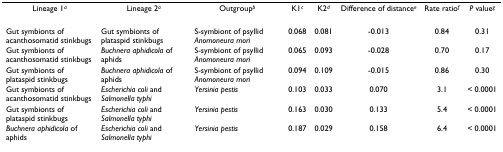
<table><thead><tr><td><b>Lineage 1<sup><i>a</i></sup></b></td><td><b>Lineage 2<sup><i>a</i></sup></b></td><td><b>Outgroup<sup><i>b</i></sup></b></td><td><b>K1<sup><i>c</i></sup></b></td><td><b>K2<sup><i>d</i></sup></b></td><td><b>Difference of distance<sup><i>e</i></sup></b></td><td><b>Rate ratio<sup><i>f</i></sup></b></td><td><b><i>P </i>value<sup><i>g</i></sup></b></td></tr></thead><tbody><tr><td>Gut symbionts of acanthosomatid stinkbugs</td><td>Gut symbionts of plataspid stinkbugs</td><td>S-symbiont of psyllid <i>Anomoneura mori</i></td><td>0.068</td><td>0.081</td><td>-0.013</td><td>0.84</td><td>0.31</td></tr><tr><td>Gut symbionts of acanthosomatid stinkbugs</td><td><i>Buchnera aphidicola </i>of aphids</td><td>S-symbiont of psyllid <i>Anomoneura mori</i></td><td>0.065</td><td>0.093</td><td>-0.028</td><td>0.70</td><td>0.17</td></tr><tr><td>Gut symbionts of plataspid stinkbugs</td><td><i>Buchnera aphidicola </i>of aphids</td><td>S-symbiont of psyllid <i>Anomoneura mori</i></td><td>0.094</td><td>0.109</td><td>-0.015</td><td>0.86</td><td>0.30</td></tr><tr><td>Gut symbionts of acanthosomatid stinkbugs</td><td><i>Escherichia coli </i>and <i>Salmonella typhi</i></td><td><i>Yersinia pestis</i></td><td>0.103</td><td>0.033</td><td>0.070</td><td>3.1</td><td>&lt; 0.0001</td></tr><tr><td>Gut symbionts of plataspid stinkbugs</td><td><i>Escherichia coli </i>and <i>Salmonella typhi</i></td><td><i>Yersinia pestis</i></td><td>0.163</td><td>0.030</td><td>0.133</td><td>5.4</td><td>&lt; 0.0001</td></tr><tr><td><i>Buchnera aphidicola </i>of aphids</td><td><i>Escherichia coli </i>and <i>Salmonella typhi</i></td><td><i>Yersinia pestis</i></td><td>0.187</td><td>0.029</td><td>0.158</td><td>6.4</td><td>&lt; 0.0001</td></tr></tbody></table>